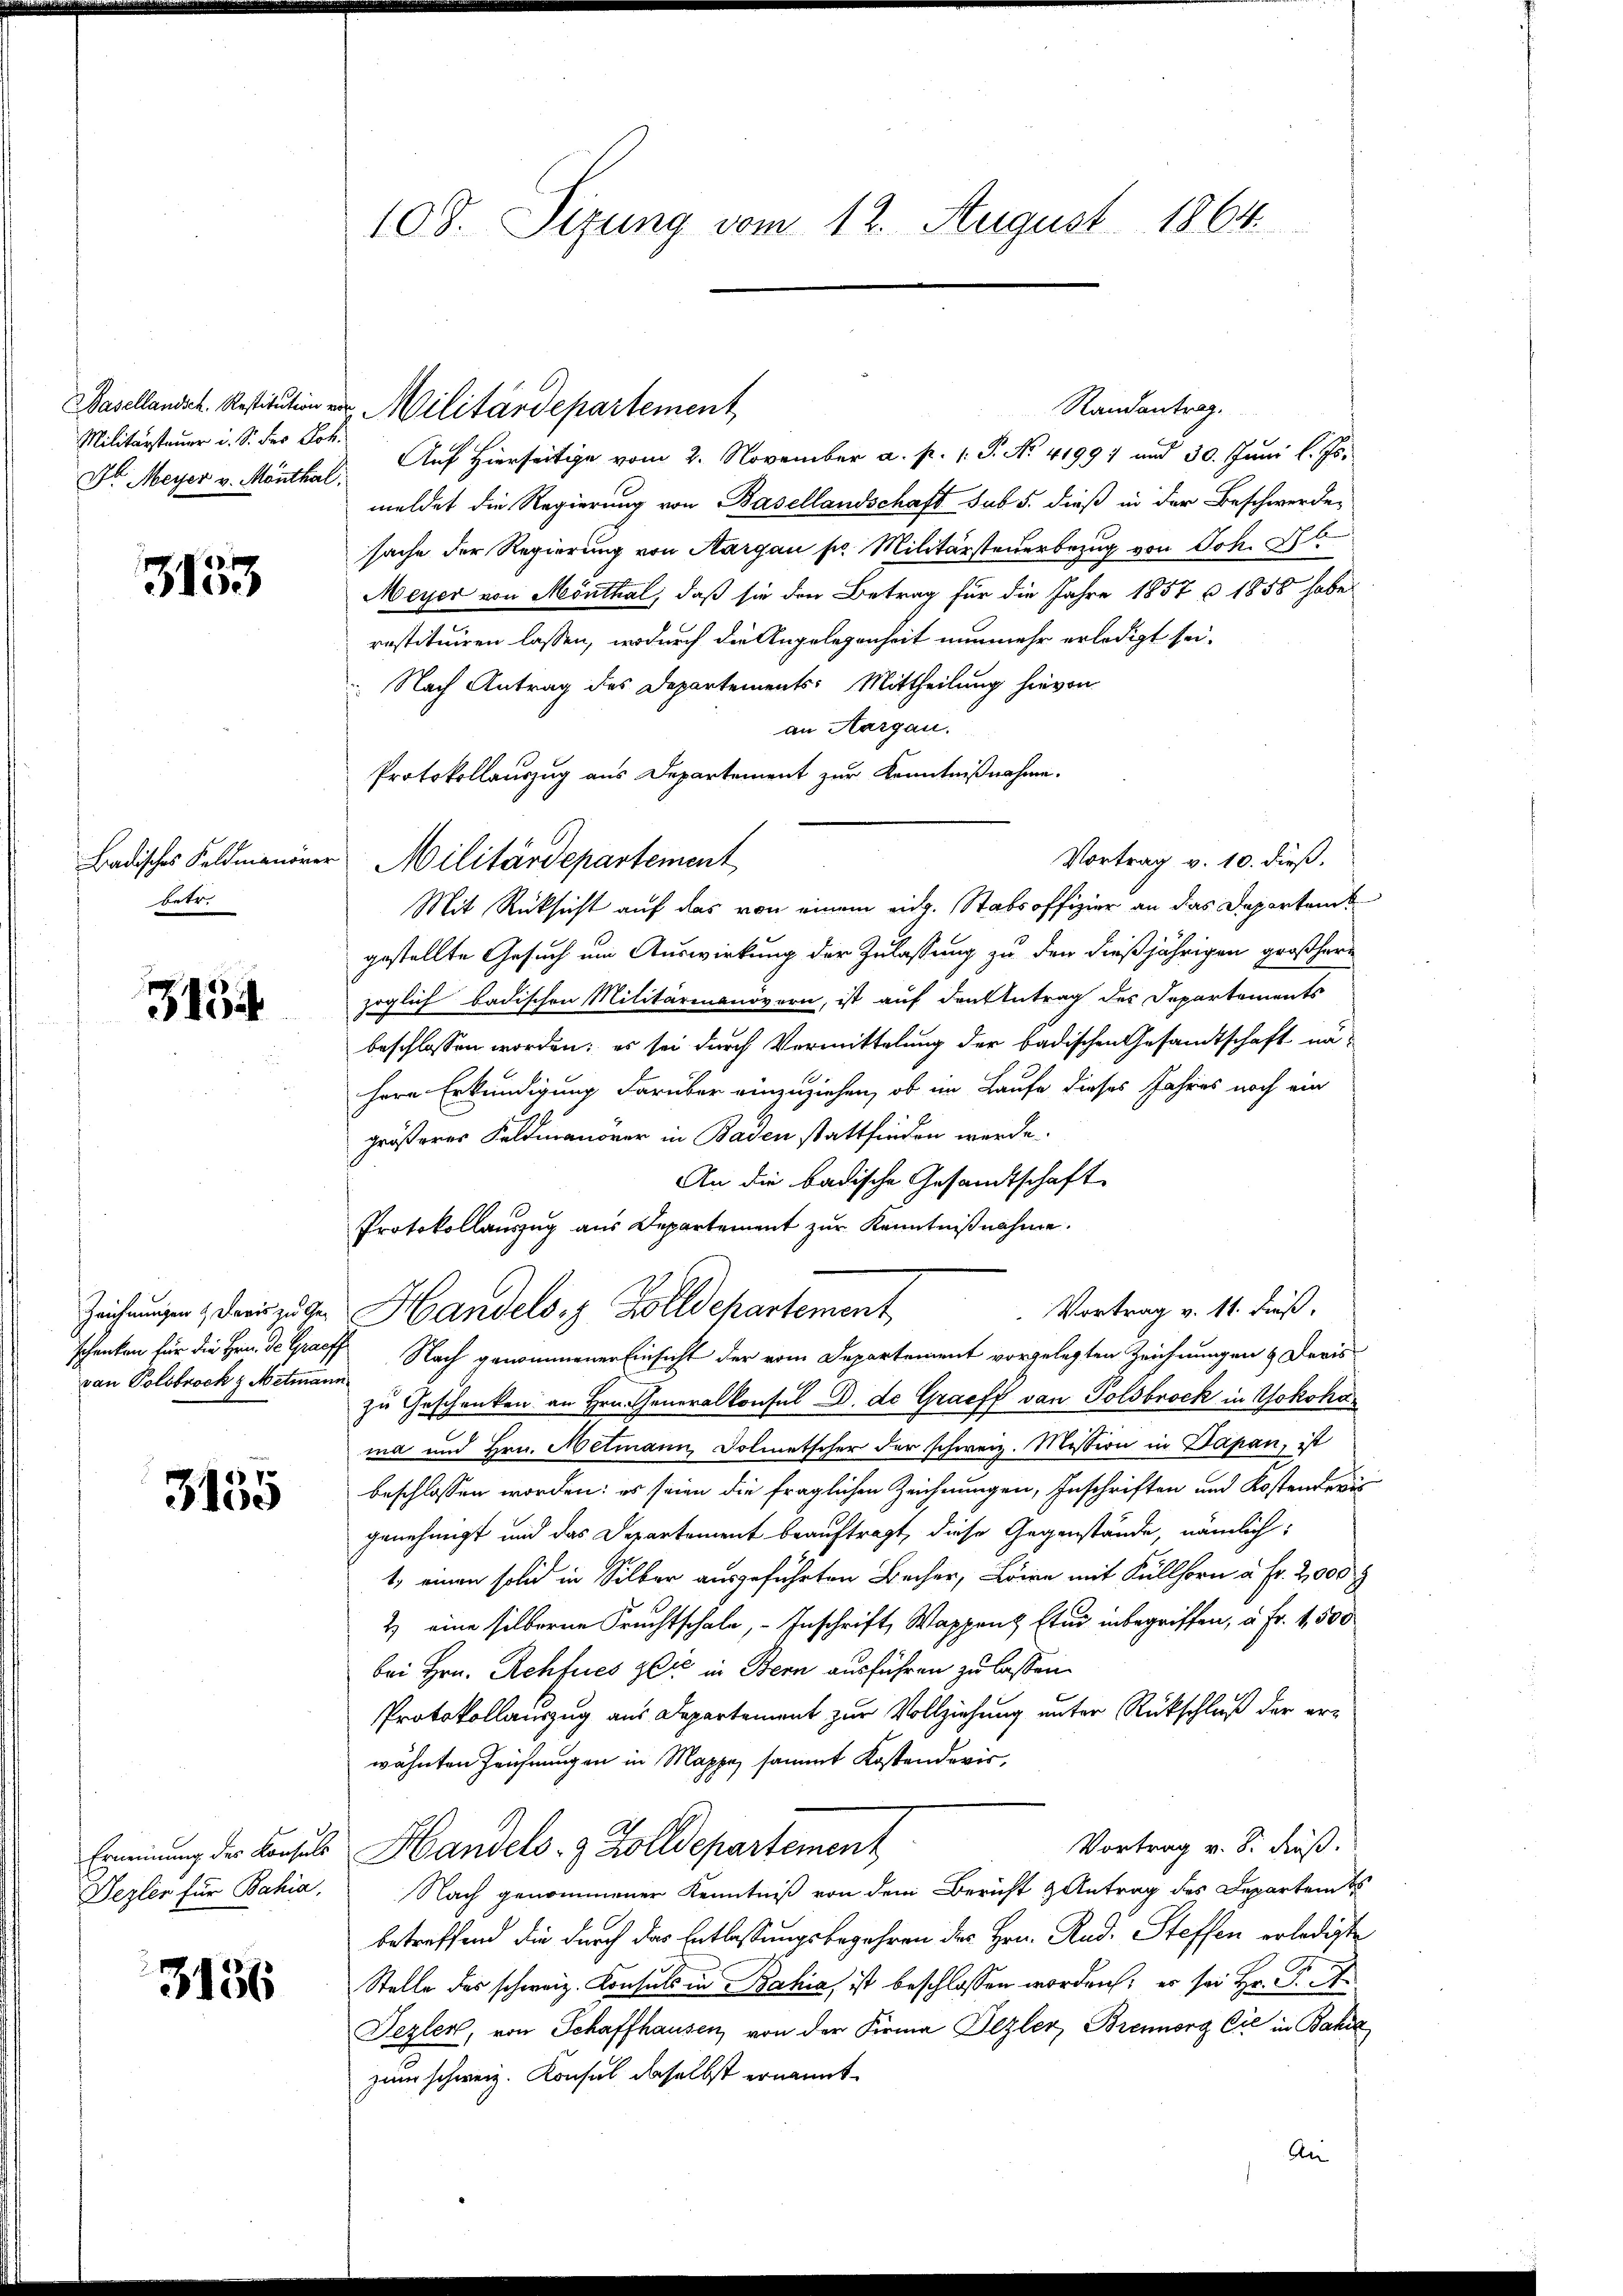
Basellandsch. Restitution e
Militärsteuer u. S. der Soz
Dr. Meyer v. Monthal

3153

Badisches Feldmanöre
betr.

313

Zeichnungen & daris zu Geschenken für die Hrn. De Grach
van Polobrock & Metmann

3135

Ernennung der Konsuls
Sezler für Bahia,

3136

108. Sizung vom 12. August 1864.

Randantrag.
 Militärdepartement
Auf hierseitige vom 2. November a. p. 1. P. No. 41991 und 30. Jŭni l. Js.
meldet die Regierung von Basellandschaft sub 5. dieß in der Beschwerde
sache der Regierung von Aargau pr. Militärsteuerbezug von Joh. 26
Meyer von Mönthal, daß sie den Betrag für die Jahre 1857 u 1858 habe
restituiren lassen, wodurch die Angelegenheit nunmehr erledigt sei.
 Nach Antrag des Departements: Mittheilung hievon
an Aargau.
Protokollauszug aus Departement zur Kenntnißnahme.
Vortrag v. 10. dieß.
Militärdepartement
Mit Rücksicht auf das von einem eidg. Stabsoffizier an das Departem
gestellte Gesuch um Auswirkung der Zulassung zu den dießjährigen großherzöglich badischen Militärmanovern, ist auf den Antrag des Departements
beschlossen worden; es sei durch Vermittelung der badischen Gesamtschaft nähern Erkundigung darüber einzuziehen, ob im Laufe dieses Jahres noch ein
größeres Feldmanover in Baden stattfinden werde.
An die badische Gesandtschaft
Protokollaŭszŭg aŭs Departement zŭr Kenntniβnahme.
Vortrag v. 11. dieß,
Handels- & Zolldepartement
 Nach genommener Einsicht der vom Departement vorgelegten Zeichnungen & Devis
zu Geschenken an Hrn. Generalkonsul D. de Graeff von Goldbrock in Yokohama und Hrn. Metmann, Dolmetscher der schweiz. Mission in Dapan, ist
beschlossen worden: es seien die fraglichen Zeichnungen, Inschriften und Kostenders
genehmigt und das Departement beauftragt, diese Gegenstände, nämlich:
1) einen solch in Silber ausgeführten Becher, Loire mit Küllhorn à Fr. 2,000
2) eine silberne Fruchtschale, - Inschrift, Wappenz Etud inbegriffen, à Fr. 4500
bei Hrn. Rehfues zić in Bern ausführen zu lassen.
Protokollauszug aus Departement zur Vollziehung unter Rückschluß der erwähnten Zeichnungen in Mappe, sammt Kostenderis,
Vortrag v. 8. Fuß.
Handels- & Zolldepartement
Nach genommener Kenntniß von dem Bericht Antrag des Departen
betreffend die durch das Entlassungsbegehren der Hrn. Rud. Steffen erledigte
Stelle des schweiz. Konsuls in Bahia, ist beschlossen worden; es sei Hr. P. A
Jezler, von Schaffhausen von der Firma Ilzler, Brennorg Cie in Bahre
zum schweiz. Konsul daselbst ernannt.